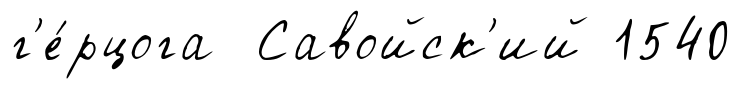
г'е́рцога Савойск'ий 1540